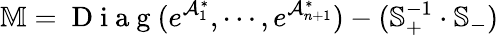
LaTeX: {\mathbb{M}=\mathrm{~D~i~a~g~}(e^{\mathcal{A}_{1}^{\ast}},\cdots,e^{\mathcal{A}_{n+1}^{\ast}})-(\mathbb{S}_{+}^{-1}\cdot\mathbb{S}_{-})}